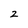
Character: 2